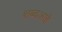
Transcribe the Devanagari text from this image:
शब्दआहे